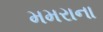
મમરાના